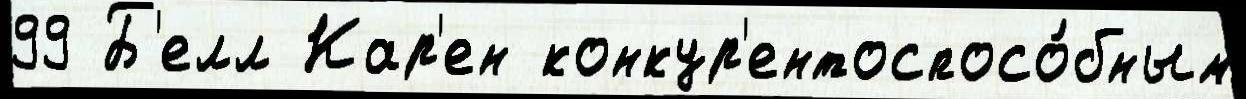
99 Б'елл Кар'ен конкур'ентоспосо́бным